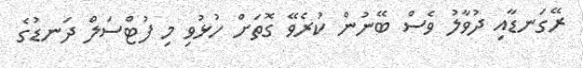
ރޭގަނޑާއި ދުވާލު ވެސް ބޭނުން ކުރެވޭ ގޮތަށް ހުޅުވި މި ފުޓްސަލް ދަނޑުގެ